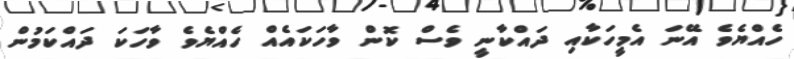
ހެއްޔެވެ އޭނަ އެމީހަކާއި ދައްކާނީ ވެސް ކޮން ވާހަކައެއް ހެއްޔެވެ ވާހަކަ ދައްކަމުން